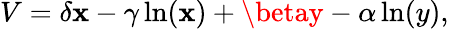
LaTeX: V=\delta\mathbf{x}-\gamma\ln(\mathbf{x})+\betay-\alpha\ln(y),